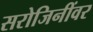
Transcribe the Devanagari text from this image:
सरोजिनींवर